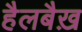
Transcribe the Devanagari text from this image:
हैलबैख़